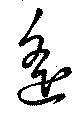
遙